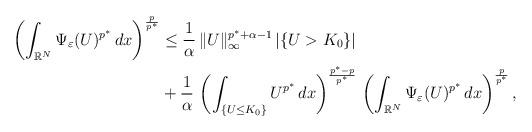
LaTeX: \begin{align*}\left(\int_{\mathbb{R}^N} \Psi_\varepsilon(U)^{p^*}\,dx\right)^\frac{p}{p^*}&\le \frac{1}{\alpha}\,\|U\|^{p^*+\alpha-1}_{\infty}\,|\{U>K_0\}|\\&+\frac{1}{\alpha}\,\left(\int_{\{U\le K_0\}} U^{p^*}\,dx\right)^\frac{p^*-p}{p^*}\,\left(\int_{\mathbb{R}^N} \Psi_\varepsilon(U)^{p^*}\,dx\right)^\frac{p}{p^*},\end{align*}